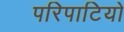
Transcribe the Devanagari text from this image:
परिपाटियो